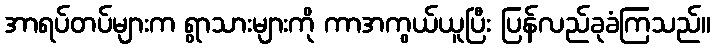
အာရပ်တပ်များက ရွာသားများကို ကာအကွယ်ယူပြီး ပြန်လည်ခုခံကြသည်။